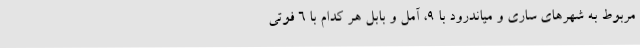
مربوط به شهرهای ساری و میاندرود با 9، آمل و بابل هر کدام با 6 فوتی